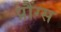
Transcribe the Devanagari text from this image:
प्रौंग्स